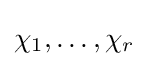
\chi _{1},\dots ,\chi _{r}